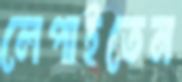
লেপাইতেন